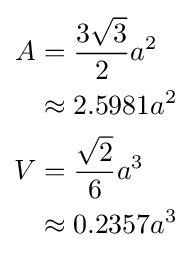
{\begin{aligned}A&={\frac {3{\sqrt {3}}}{2}}a^{2}\\&\approx 2.5981a^{2}\\V&={\frac {\sqrt {2}}{6}}a^{3}\\&\approx 0.2357a^{3}\end{aligned}}